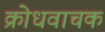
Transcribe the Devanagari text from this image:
क्रोधवाचक